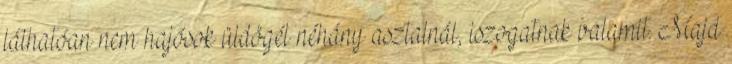
láthatóan nem hajósok üldögél néhány asztalnál, iszogatnak valamit. Majd